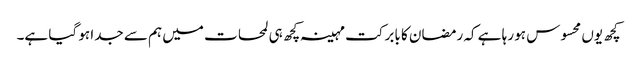
کچھ یوں محسوس ہو رہا ہے کہ رمضان کا بابرکت مہینہ کچھ ہی لمحات میں ہم سے جدا ہو گیا ہے۔